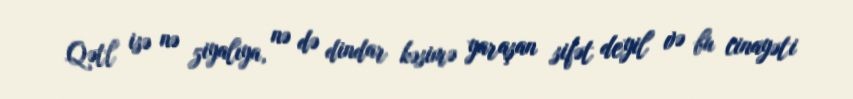
Qətl isə nə ziyalıya, nə də dindar kəsimə yaraşan sifət deyil və bu cinayəti